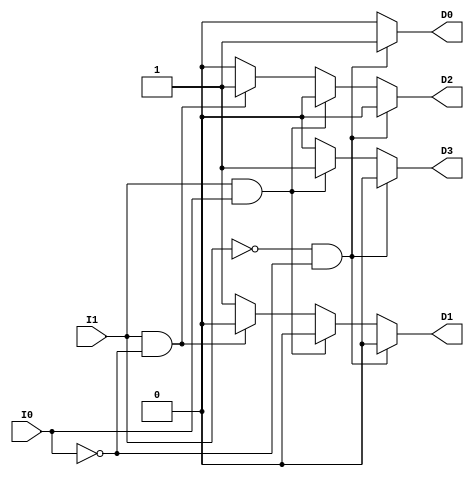
`timescale 1ns / 1ps
//////////////////////////////////////////////////////////////////////////////////
// Company: 
// Engineer: 
// 
// Design Name: 
// Module Name:    Decoder 
// Project Name: 
// Target Devices: 
// Tool versions: 
// Description: 
//
// Dependencies: 
//
// Revision: 
// Revision 0.01 - File Created
// Additional Comments: 
//
//////////////////////////////////////////////////////////////////////////////////
module Decoder(I1, I0, D3, D2, D1, D0);

input I1, I0;
output D3, D2, D1, D0;

reg D3, D2, D1, D0;

always @(I1, I0)
begin

if(I1 == 0 && I0 == 0) 

	begin

		D3 <= 0; D2 <= 0; 
		D1 <= 0; D0 <= 1;
	
	end
	
	else if (I1 == 1 && I0 == 1)
	
	begin
	
		D3 <= 1; D2 <= 0;
		D1 <= 0; D0 <= 0;
	
	end
	
	else if (I1 == 1 && I0 == 0)
	
	begin
		
		D3 <= 0; D2 <= 1;
		D1 <= 0; D0 <= 0;
	
	end
	
	else
	
	begin
	
		D3 <= 0; D2 <= 0;
		D1 <= 1; D0 <= 0;
    
	end
	
end

endmodule